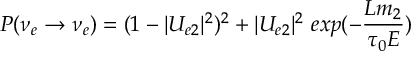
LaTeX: P ( \nu _ { e } \rightarrow \nu _ { e } ) = ( 1 - | U _ { e 2 } | ^ { 2 } ) ^ { 2 } + | U _ { e 2 } | ^ { 2 } ~ e x p ( - { \frac { L m _ { 2 } } { \tau _ { 0 } E } } )